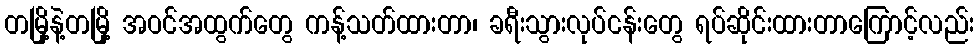
တမြို့နဲ့တမြို့ အဝင်အထွက်တွေ ကန့်သတ်ထားတာ၊ ခရီးသွားလုပ်ငန်းတွေ ရပ်ဆိုင်းထားတာကြောင့်လည်း